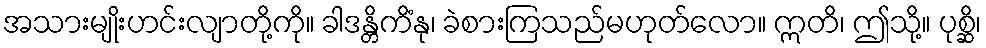
အသားမျိုးဟင်းလျာတို့ကို။ ခါဒန္တိကိံနု၊ ခဲစားကြသည်မဟုတ်လော။ ဣတိ၊ ဤသို့။ ပုစ္ဆိ၊